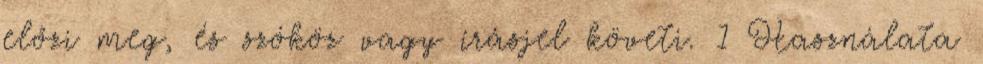
előzi meg, és szóköz vagy írásjel követi. 1 Használata